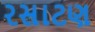
રસાટણ